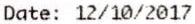
DATE: 12/10/2017